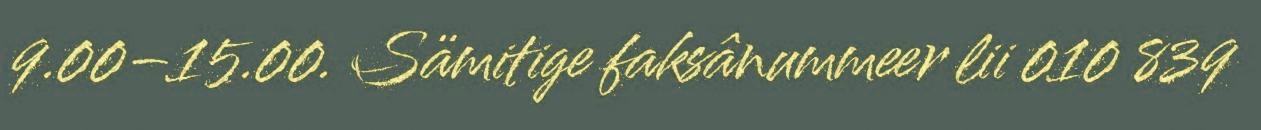
9.00–15.00. Sämitige faksânummeer lii 010 839